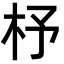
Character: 杼